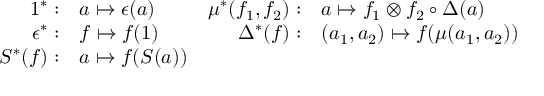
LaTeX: \begin{array} { r l r l } { { 1 ^ { * } : } } & { { a \mapsto \epsilon ( a ) } } & { { \mu ^ { * } ( f _ { 1 } , f _ { 2 } ) : } } & { { a \mapsto f _ { 1 } \otimes f _ { 2 } \circ \Delta ( a ) } } \\ { { \epsilon ^ { * } : } } & { { f \mapsto f ( 1 ) } } & { { \Delta ^ { * } ( f ) : } } & { { ( a _ { 1 } , a _ { 2 } ) \mapsto f ( \mu ( a _ { 1 } , a _ { 2 } ) ) } } \\ { { S ^ { * } ( f ) : } } & { { a \mapsto f ( S ( a ) ) } } & { { ~ } } & { { ~ } } \end{array}